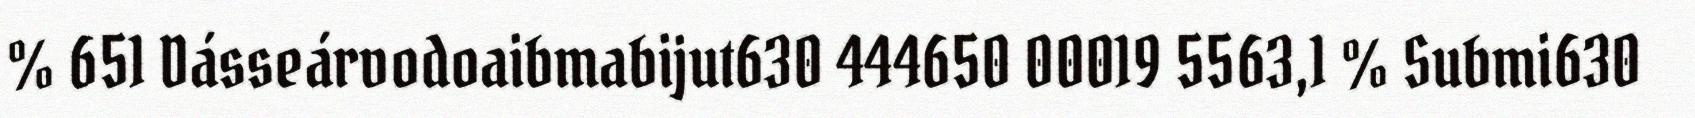
% 651 Dásseárvodoaibmabijut630 444650 00019 5563,1 % Submi630